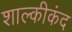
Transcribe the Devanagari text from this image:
शाल्कीकंद